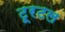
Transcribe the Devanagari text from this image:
टूरटल